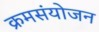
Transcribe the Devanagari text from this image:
क्रमसंयोजन